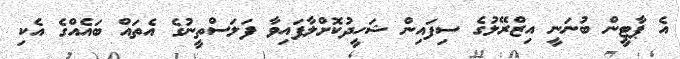
އެ ޕާޓީން ބުނަނީ އިޒްރޭލުގެ ސިފައިން ޝަހީދުކޮށްލާފައިވާ ފަލަސްތީނުގެ އެތައް ބައެއްގެ އެކި